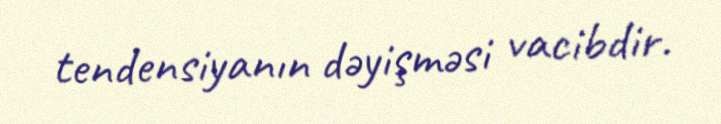
tendensiyanın dəyişməsi vacibdir.